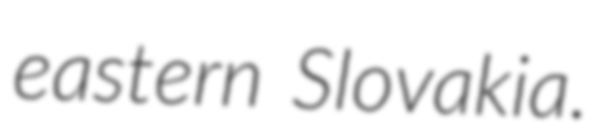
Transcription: eastern Slovakia.